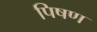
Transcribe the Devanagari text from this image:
पिषण